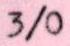
3/0